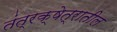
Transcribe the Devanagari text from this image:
तंत्रक्षेत्रातील